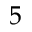
5